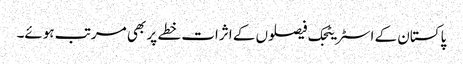
پاکستان کے اسٹریٹجک فیصلوں کے اثرات خطے پر بھی مرتب ہوئے۔